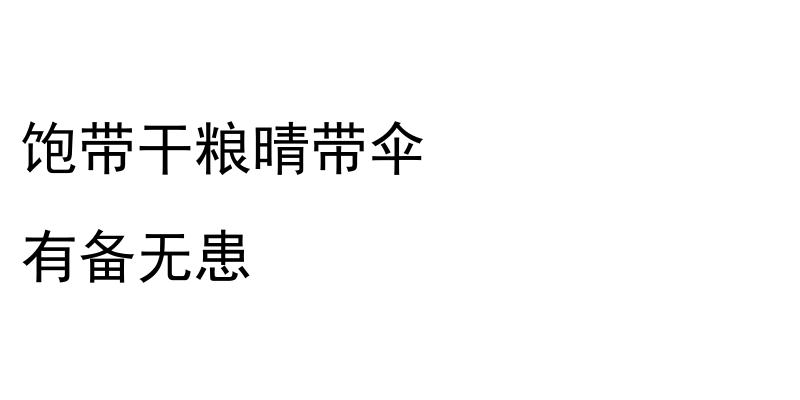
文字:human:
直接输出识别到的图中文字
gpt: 饱带干粮晴带伞 有备无患